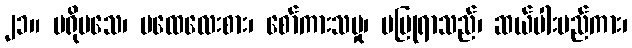
၂၁။ မရိုမသေ၊ မထေလေးစား၊ စော်ကားသမှု၊ မပြုရာသည်၊ ဆယ်ပါးမည်ကား၊